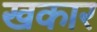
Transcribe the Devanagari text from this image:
खकार